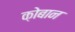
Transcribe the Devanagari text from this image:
क़ोबान